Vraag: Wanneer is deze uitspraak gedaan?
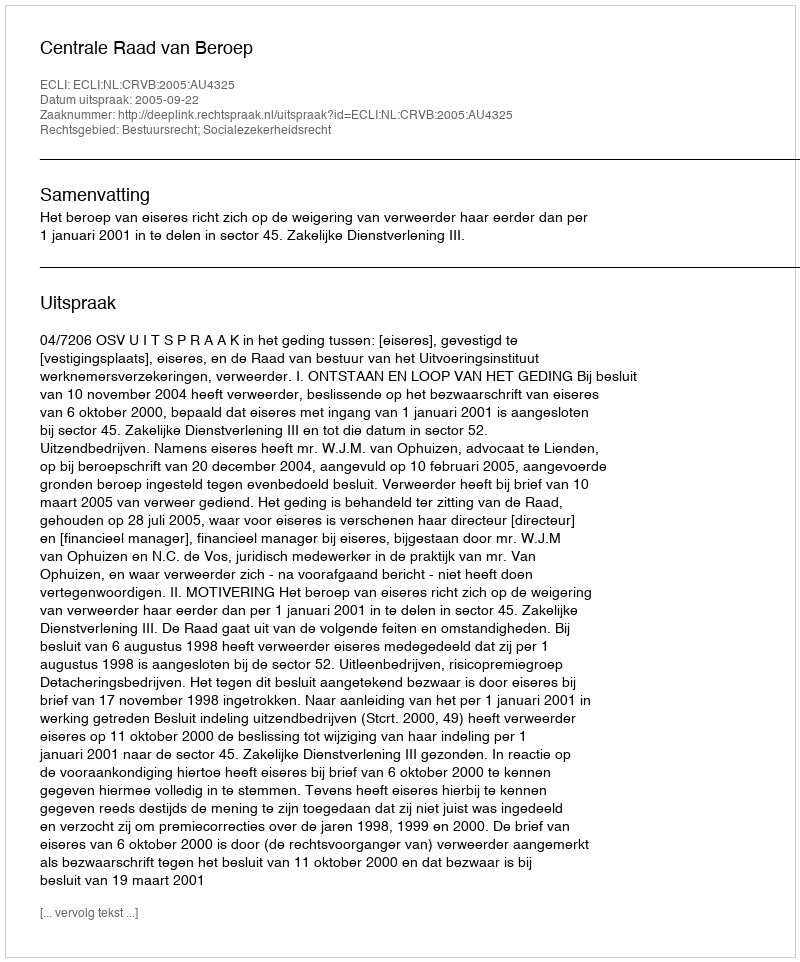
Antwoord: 2005-09-22